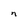
Character: n